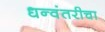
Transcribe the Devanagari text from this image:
धन्वंतरीचा